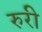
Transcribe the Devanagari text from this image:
रुरी